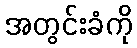
အတွင်းခံကို